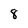
Character: 8